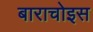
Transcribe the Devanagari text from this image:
बाराचोइस